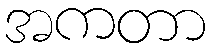
အကတာ